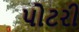
પોટરી